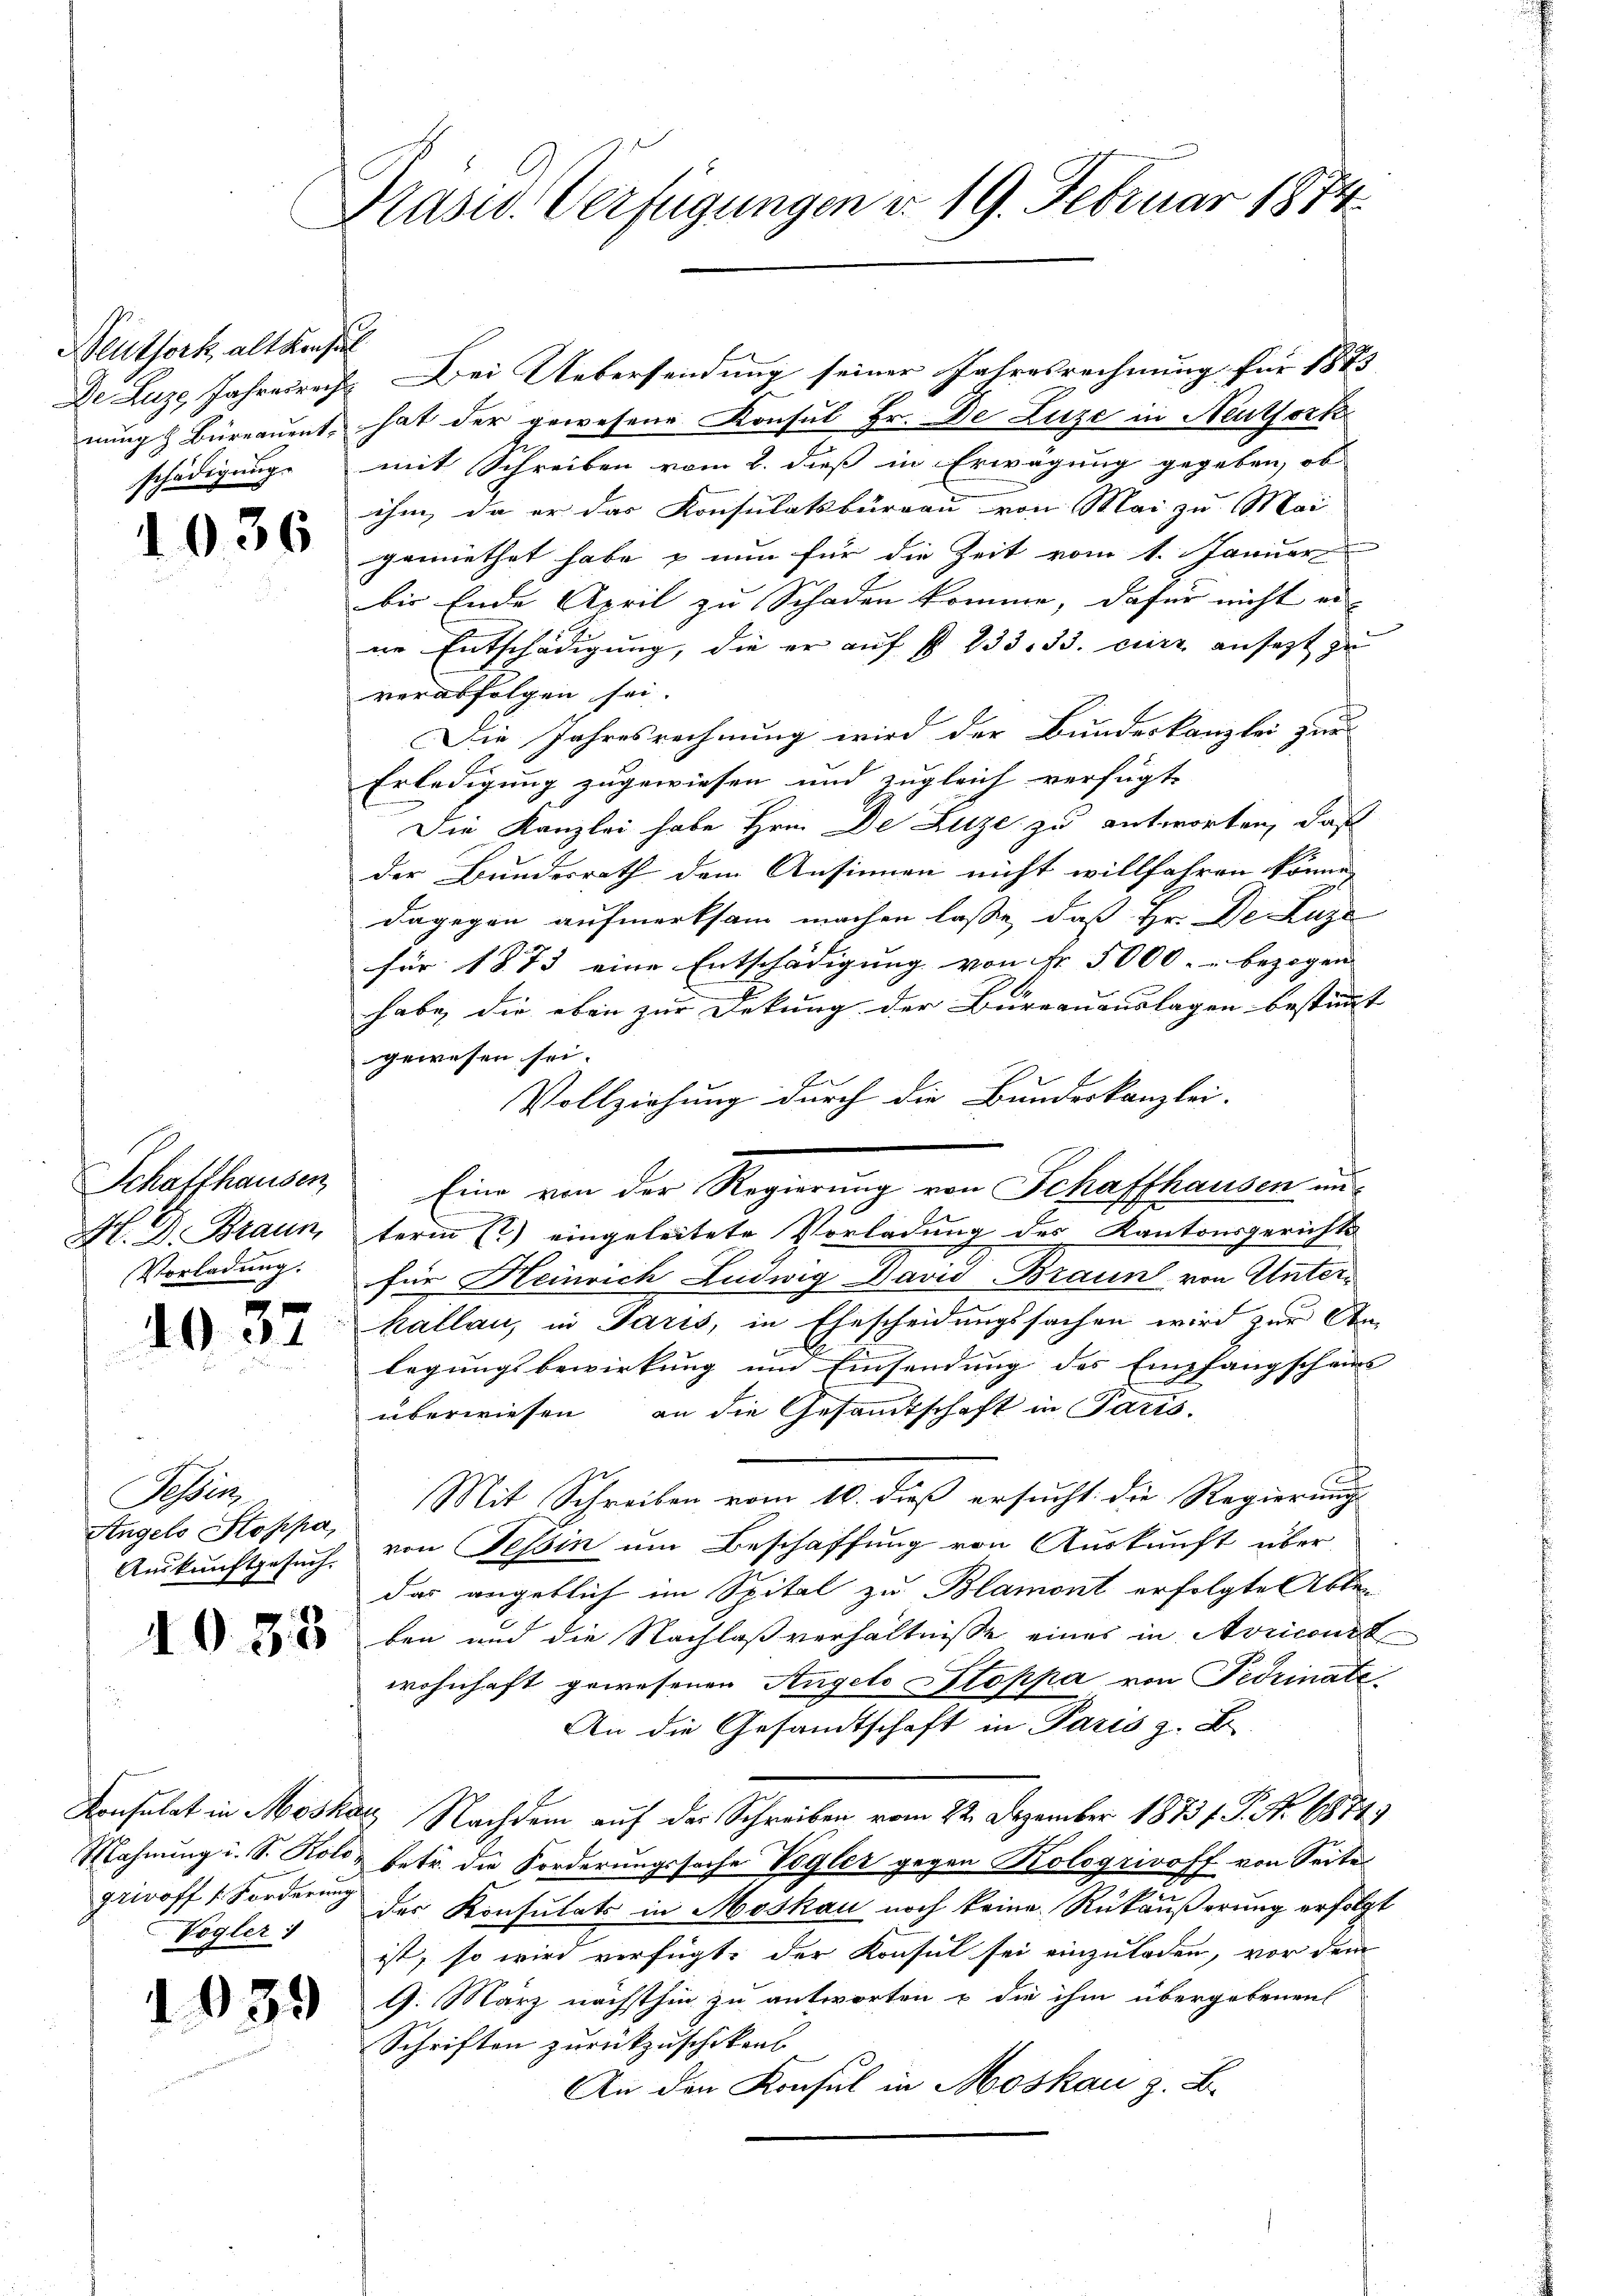
Beuthork, alt Konsen
De Luze, Jahresrecht
nung z. Bureauent,
schädigung.

1036

Schaffhausen
M. D. Braun
Vorladung.

1037

Tessin
Angelo Stoppa
Auskunftgesuch.

1035

Mahnung u. S. Kolo-
grivoff (Forderung
Vögler :

639

Präsid. Verfügungen v. 19. Februar 1874.

G
Dei Uebersendung seiner Jahresrechnung für 1873
hat der gewesene Konsul Hr. De Luze in Neuthork
mit Schreiben vom 8. dieß in Erwägung gegeben, ob
ihm, da er das Konsulatsbüreau von Mai zu Mai
gemiethet habe & nun für die Zeit vom 1. Januar
bis Ende April zu Schaden komme, dafür nicht er-
ne Entschädigung, die er auf § 233. 33. curs ansezt zu
verabfolgen sei.
Die Jahresrechnung wird der Bundeskanzlei zur
B
Erledigung zugewiesen und zugleich verfügt
Die Kanzlei habe Hrn. De Luze zu antworten, daß
der Bundesrath dem Ansinnen nicht willfahren könne
dagegen aufmerksam machen lasse, daß Hr. De Luze
für 1873 eine Entschädigung von Fr. 5000.- bezogen |
habe, die eben zur Dekung der Bureauauslagen bestimmt
gewesen sei.
Vollziehung durch die Bundeskanzlei.
Eine von der Regierung von Schaffhausen un
term 1) eingeleitete Vorladung des Kantonsgerichts-
für Heinrich Ludwig David Braun von Unterkallau, in Paris, in Ehescheidungssachen wird zur An-
f
legungsbewirkung und Einsendung des Empfangscheins
überwiesen an die Gesamtschaft in Paris.
.
Mit Schreiben vom 10 dieß ersucht die Regierung
von Tessin um Beschaffung von Auskunft über
das angeblich im Spital zu Blamont erfolgte Abte
ben und die Nachlaßverhältnisse eines in Avriconst
wohnhaft gewesenen Angelo Stoppa von Fedrinate¬
An die Gesandtschaft in Paris z. B.
Konsulat in Moskau, Nachdem auf das Schreiben vom 22. Dezember 1873 f. P. Nr. 1874
betr. die Forderungssache Vögler gegen Kologrivoff von Seite
m
des Konsulats in Moskau noch keine Rükäußerung erfolgt
ist, so wird verfügt, der Konsul sei einzuladen, vor dem
G. März nächsthin zu antworten & die ihm übergebenen
Schriften zurückzuschiken
An den Konsul in Moskau z. B.